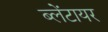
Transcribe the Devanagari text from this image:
ब्लेंटायर